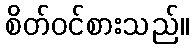
စိတ်ဝင်စားသည်။